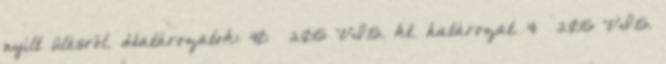
nyílt ülésről. Határozatok: 40 2015 VI.15. kt. határozat. 41 2015 VI.15.